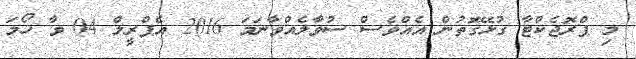
މި ޕްރޮޖެކްޓާ ގުޅޭގޮތުން އެއްވެސް ސުވާލެއްވާނަމަ 2016 އެޕްރީލް 04 ވާ ހޯމަ